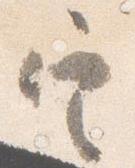
定